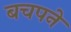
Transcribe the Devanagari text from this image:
बचपने